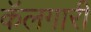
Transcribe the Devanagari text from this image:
कॅलगारी